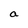
Character: a